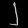
Digit: ၂